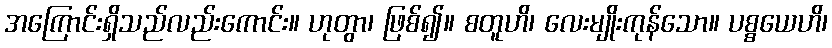
အကြောင်းရှိသည်လည်းကောင်း။ ဟုတွာ၊ ဖြစ်၍။ စတူဟိ၊ လေးမျိုးကုန်သော။ ပစ္စယေဟိ၊